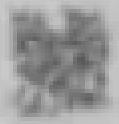
號